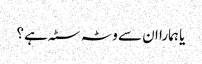
یا ہمارا ان سے وٹہ سٹہ ہے؟